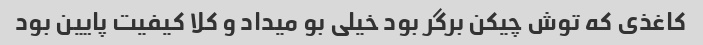
کاغذی که توش چیکن برگر بود خیلی بو میداد و کلا کیفیت پایین بود